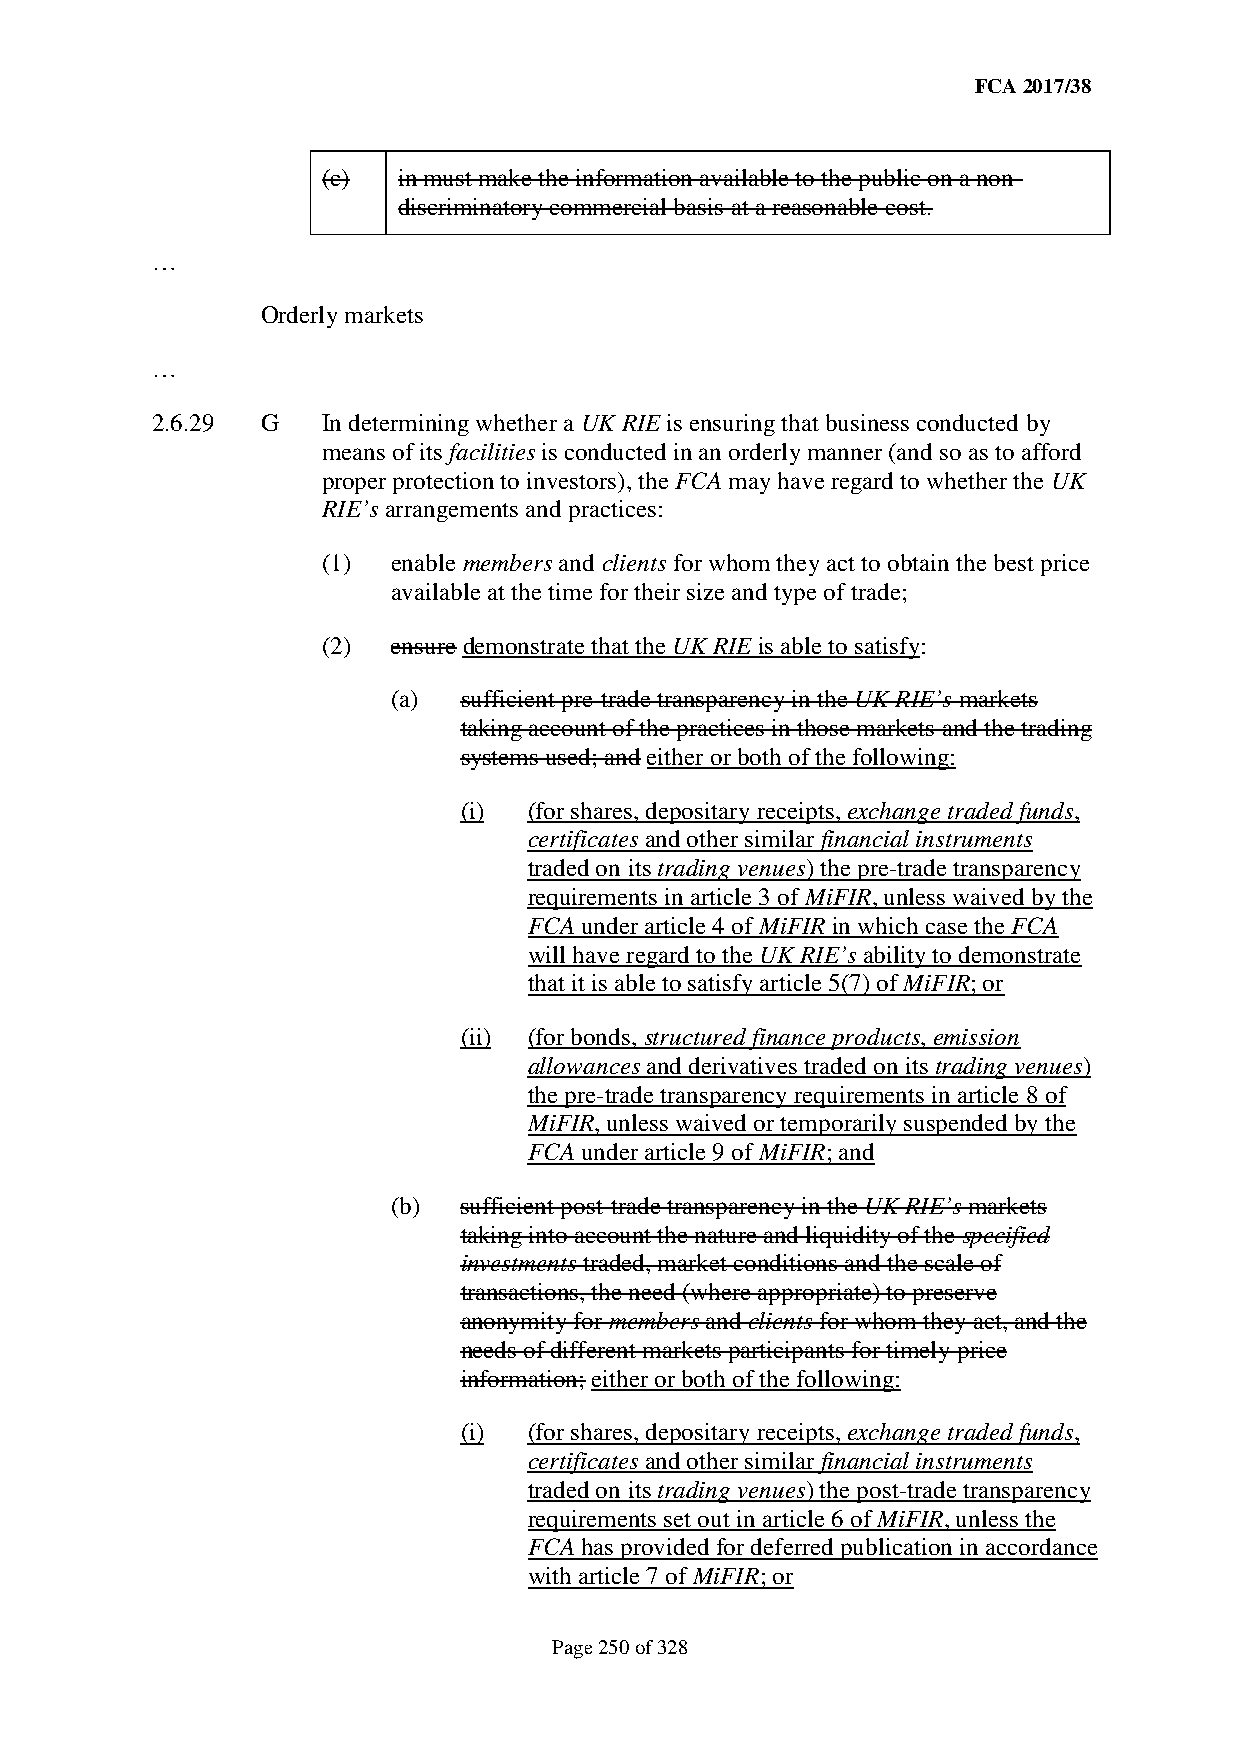
FCA 2017/38
 (c)  in must make the information available to the public on a non-
 discriminatory commercial basis at a reasonable cost.
 …
 Orderly markets
 …
 2.6.29 G   In determining whether a UK RIE is ensuring that business conducted by
 means of its facilities is conducted in an orderly manner (and so as to afford
 proper protection to investors), the FCA may have regard to whether the UK
 RIE’s arrangements and practices:
 (1)  enable members and clients for whom they act to obtain the best price
 available at the time for their size and type of trade;
 (2)  ensure demonstrate that the UK RIE is able to satisfy:
 (a) sufficient pre-trade transparency in the UK RIE’s markets
 taking account of the practices in those markets and the trading
 systems used; and either or both of the following:
 (i)  (for shares, depositary receipts, exchange traded funds,
 certificates and other similar financial instruments
 traded on its trading venues) the pre-trade transparency
 requirements in article 3 of MiFIR, unless waived by the
 FCA under article 4 of MiFIR in which case the FCA
 will have regard to the UK RIE’s ability to demonstrate
 that it is able to satisfy article 5(7) of MiFIR; or
 (ii) (for bonds, structured finance products, emission
 allowances and derivatives traded on its trading venues)
 the pre-trade transparency requirements in article 8 of
 MiFIR, unless waived or temporarily suspended by the
 FCA under article 9 of MiFIR; and
 (b) sufficient post-trade transparency in the UK RIE’s markets
 taking into account the nature and liquidity of the specified
 investments traded, market conditions and the scale of
 transactions, the need (where appropriate) to preserve
 anonymity for members and clients for whom they act, and the
 needs of different markets participants for timely price
 information; either or both of the following:
 (i)  (for shares, depositary receipts, exchange traded funds,
 certificates and other similar financial instruments
 traded on its trading venues) the post-trade transparency
 requirements set out in article 6 of MiFIR, unless the
 FCA has provided for deferred publication in accordance
 with article 7 of MiFIR; or
 Page 250 of 328